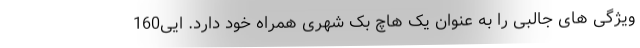
ویژگی های جالبی را به عنوان یک هاچ بک شهری همراه خود دارد. ایی160